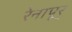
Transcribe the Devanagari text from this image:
रेनापूर्